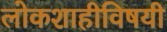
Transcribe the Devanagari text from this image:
लोकशाहीविषयी